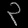
Digit: ၃